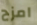
امزح